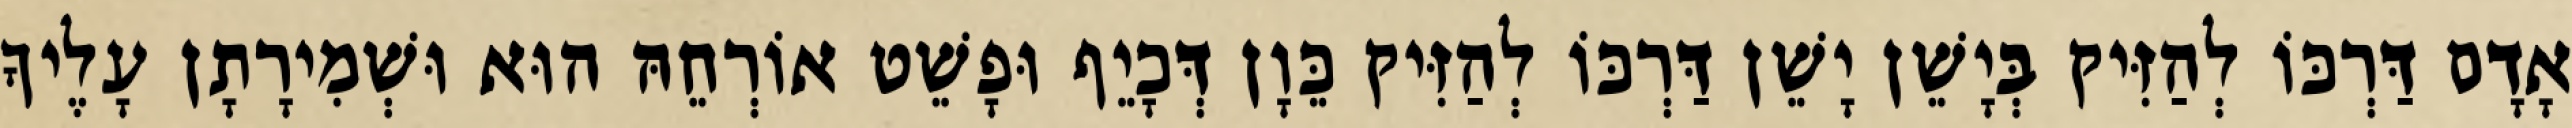
אָדָם דַּרְכּוֹ לְהַזִּיק בְּיָשֵׁן יָשֵׁן דַּרְכּוֹ לְהַזִּיק כֵּוָן דְּכָיֵף וּפָשֵׁט אוֹרְחֵהּ הוּא וּשְׁמִירָתָן עָלֶיךָ